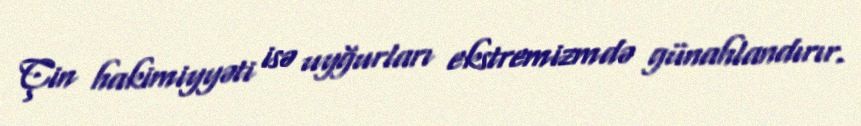
Çin hakimiyyəti isə uyğurları ekstremizmdə günahlandırır.